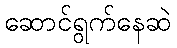
ဆောင်ရွက်နေဆဲ